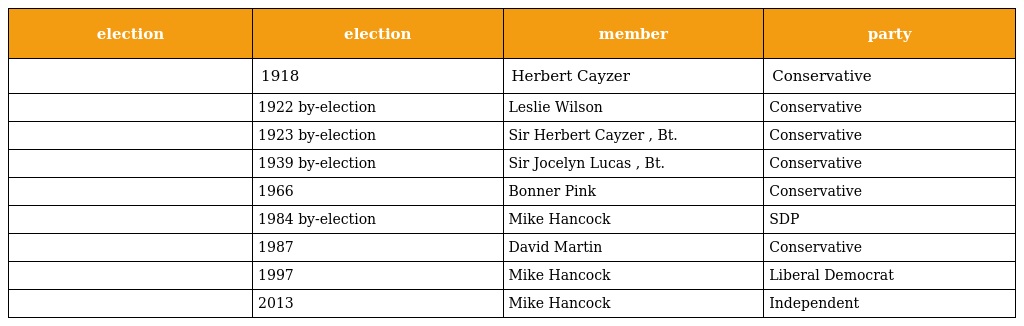
| election | election | member | party |
 | --- | --- | --- | --- |
 |  | 1918 | Herbert Cayzer | Conservative |
 |  | 1922 by-election | Leslie Wilson | Conservative |
 |  | 1923 by-election | Sir Herbert Cayzer , Bt. | Conservative |
 |  | 1939 by-election | Sir Jocelyn Lucas , Bt. | Conservative |
 |  | 1966 | Bonner Pink | Conservative |
 |  | 1984 by-election | Mike Hancock | SDP |
 |  | 1987 | David Martin | Conservative |
 |  | 1997 | Mike Hancock | Liberal Democrat |
 |  | 2013 | Mike Hancock | Independent |